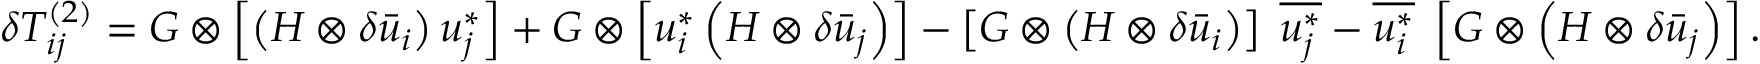
\delta T _ { i j } ^ { \left( 2 \right) } = G \otimes \left[ { \left( { H \otimes \delta { { \bar { u } } _ { i } } } \right) u _ { j } ^ { * } } \right] + G \otimes \left[ { u _ { i } ^ { * } \left( { H \otimes \delta { { \bar { u } } _ { j } } } \right) } \right] - \left[ { G \otimes \left( { H \otimes \delta { { \bar { u } } _ { i } } } \right) } \right] \; \overline { { u _ { j } ^ { * } } } - \overline { { u _ { i } ^ { * } } } \; \left[ { G \otimes \left( { H \otimes \delta { { \bar { u } } _ { j } } } \right) } \right] .